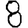
Digit: 8